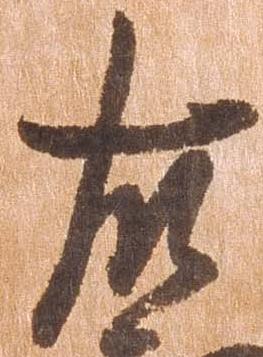
右